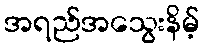
အရည်အသွေးနိမ့်